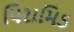
પિરામિડ